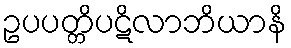
ဥပပတ္တိပဋိလာဘိယာနိ